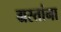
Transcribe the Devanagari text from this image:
ग्रस्तांना